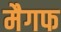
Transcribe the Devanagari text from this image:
मैगफ